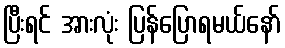
ပြီးရင် အားလုံး ပြန်ပြောရမယ်နော်